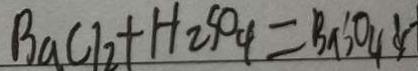
B a C l _ { 2 } + H _ { 2 } S O _ { 4 } = B a S O _ { 4 } \downarrow